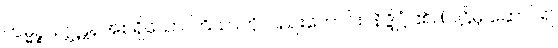
ကမ္မဉ္စ၊ ဥဂ္ဃဋနအစရှိသော ကြိယာကိုလည်းကောင်း။ နိဒ္ဒိဋ္ဌံ၊ ၏။ (ပါဠိမှ ဆောင်၍